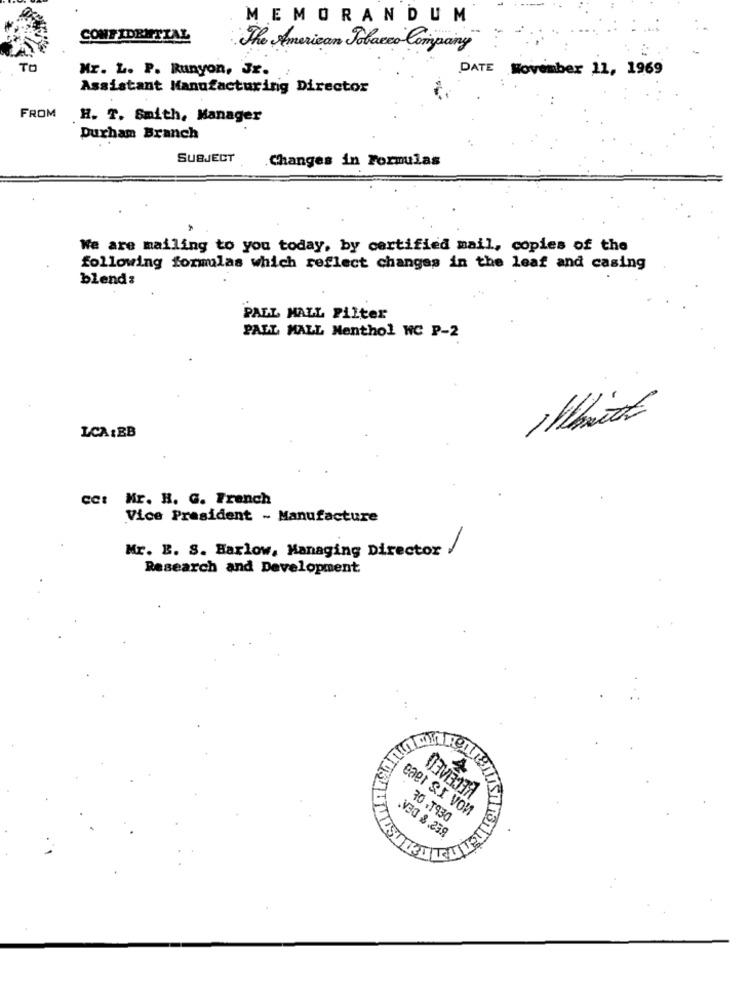
MEMORANDUM
CONFIDENTIAL
The American Tobacco Company
Mr. L. P. Runyon, Jr.
DATE November 11, 1969
Assistant Manufacturing Director
FROM
H. T. Smith, Manager
Durham Branch
SUBJECT
Changes in Formulas
We are mailing to you today, by certified mail, copies of the
following formulas which reflect changes in the leaf and casing
blend:
PALL MALL Filter
PALL MALL Menthol WC P-2
LCA :BB
cc: Mr. H. G. French
Vice President - Manufacture
Mr. E. S. Harlow, Managing Director
Research and Development
4
eaer &I von
30.1930
.V30 8.259